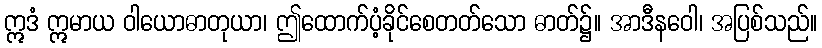
ဣဒံ ဣမာယ ဝါယောဓာတုယာ၊ ဤထောက်ပံ့ခိုင်စေတတ်သော ဓာတ်၌။ အာဒီနဝေါ၊ အပြစ်သည်။